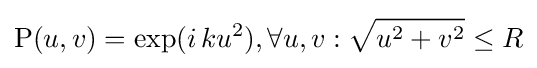
\mathrm {P} (u,v)=\mathrm {exp} (i\,ku^{2}),\forall u,v:{\sqrt {u^{2}+v^{2}}}\leq R